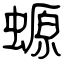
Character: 螈